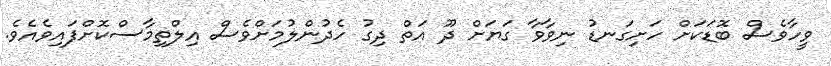
ވީހާވެސް ބޮޑަކަށް ހަށިގަނޑު ނިވާވާ ގަޔަށް ދޫ އަތް ދިގު ހެދުންލުމަށްވެސް އިލްތިމާސްކޮށްފައިވެއެވެ.